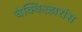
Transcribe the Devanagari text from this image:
चेक्किऴारांस